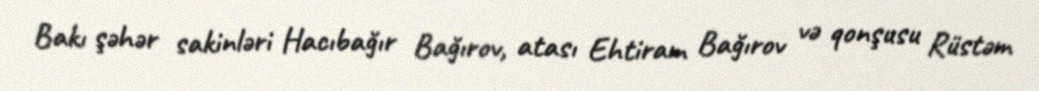
Bakı şəhər sakinləri Hacıbağır Bağırov, atası Ehtiram Bağırov və qonşusu Rüstəm